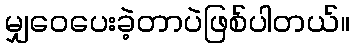
မျှဝေပေးခဲ့တာပဲဖြစ်ပါတယ်။